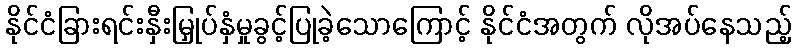
နိုင်ငံခြားရင်းနှီးမြှုပ်နှံမှုခွင့်ပြုခဲ့သောကြောင့် နိုင်ငံအတွက် လိုအပ်နေသည့်